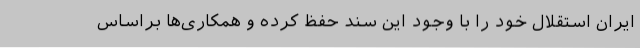
ایران استقلال خود را با وجود این سند حفظ کرده و همکاری‌ها براساس